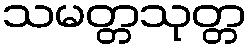
သမတ္တသုတ္တ